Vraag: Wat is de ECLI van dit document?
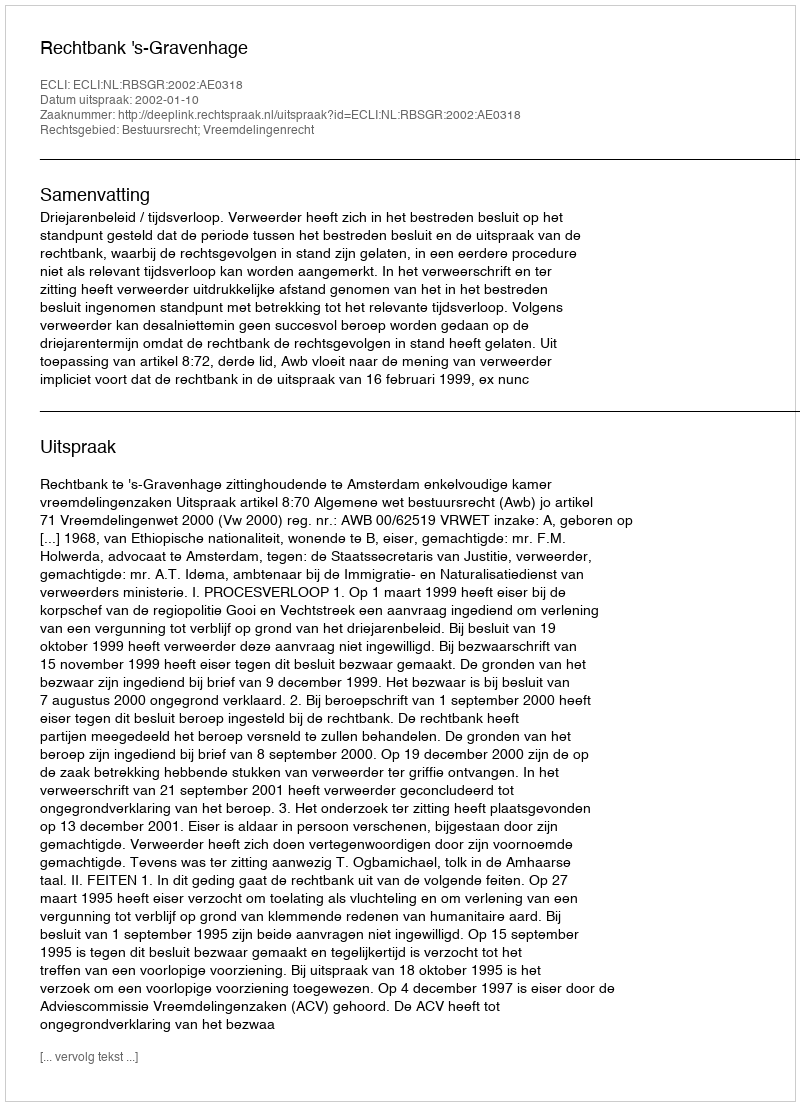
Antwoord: ECLI:NL:RBSGR:2002:AE0318